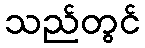
သည်တွင်